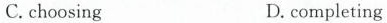
C. choosing D. completing